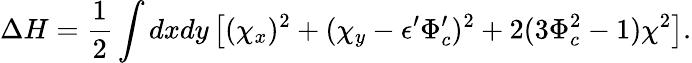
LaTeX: \Delta H=\frac{1}{2}\int dxdy\left[(\chi_{x})^{2}+(\chi_{y}-\epsilon^{\prime}\Phi_{c}^{\prime})^{2}+2(3\Phi_{c}^{2}-1)\chi^{2}\right].